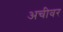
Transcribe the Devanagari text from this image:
अचीवर